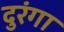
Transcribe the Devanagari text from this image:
दुरंगा